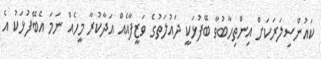
ކައުންސިލަރަކަށް އިންތިހާބުވާ ބޭފުޅަކީ ދައުލަތުގެ ވަޒީފާއެއް އަދާކުރާ މީހެއް ނަމަ އެބޭފުޅަކު އެ